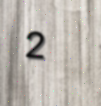
2